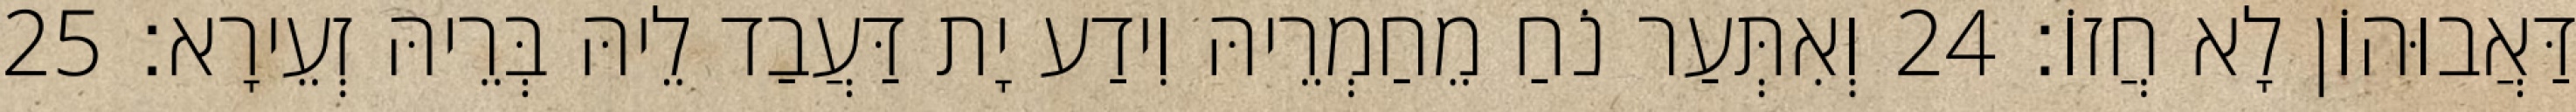
דַּאֲבוּהוֹן לָא חֲזוֹ׃ 24 וְאִתְּעַר נֹחַ מֵחַמְרֵיהּ וִידַע יָת דַּעֲבַד לֵיהּ בְּרֵיהּ זְעֵירָא׃ 25